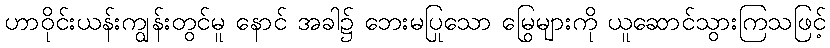
ဟာဝိုင်းယန်းကျွန်းတွင်မူ နောင် အခါ၌ ဘေးမပြုသော မြွေများကို ယူဆောင်သွားကြသဖြင့်